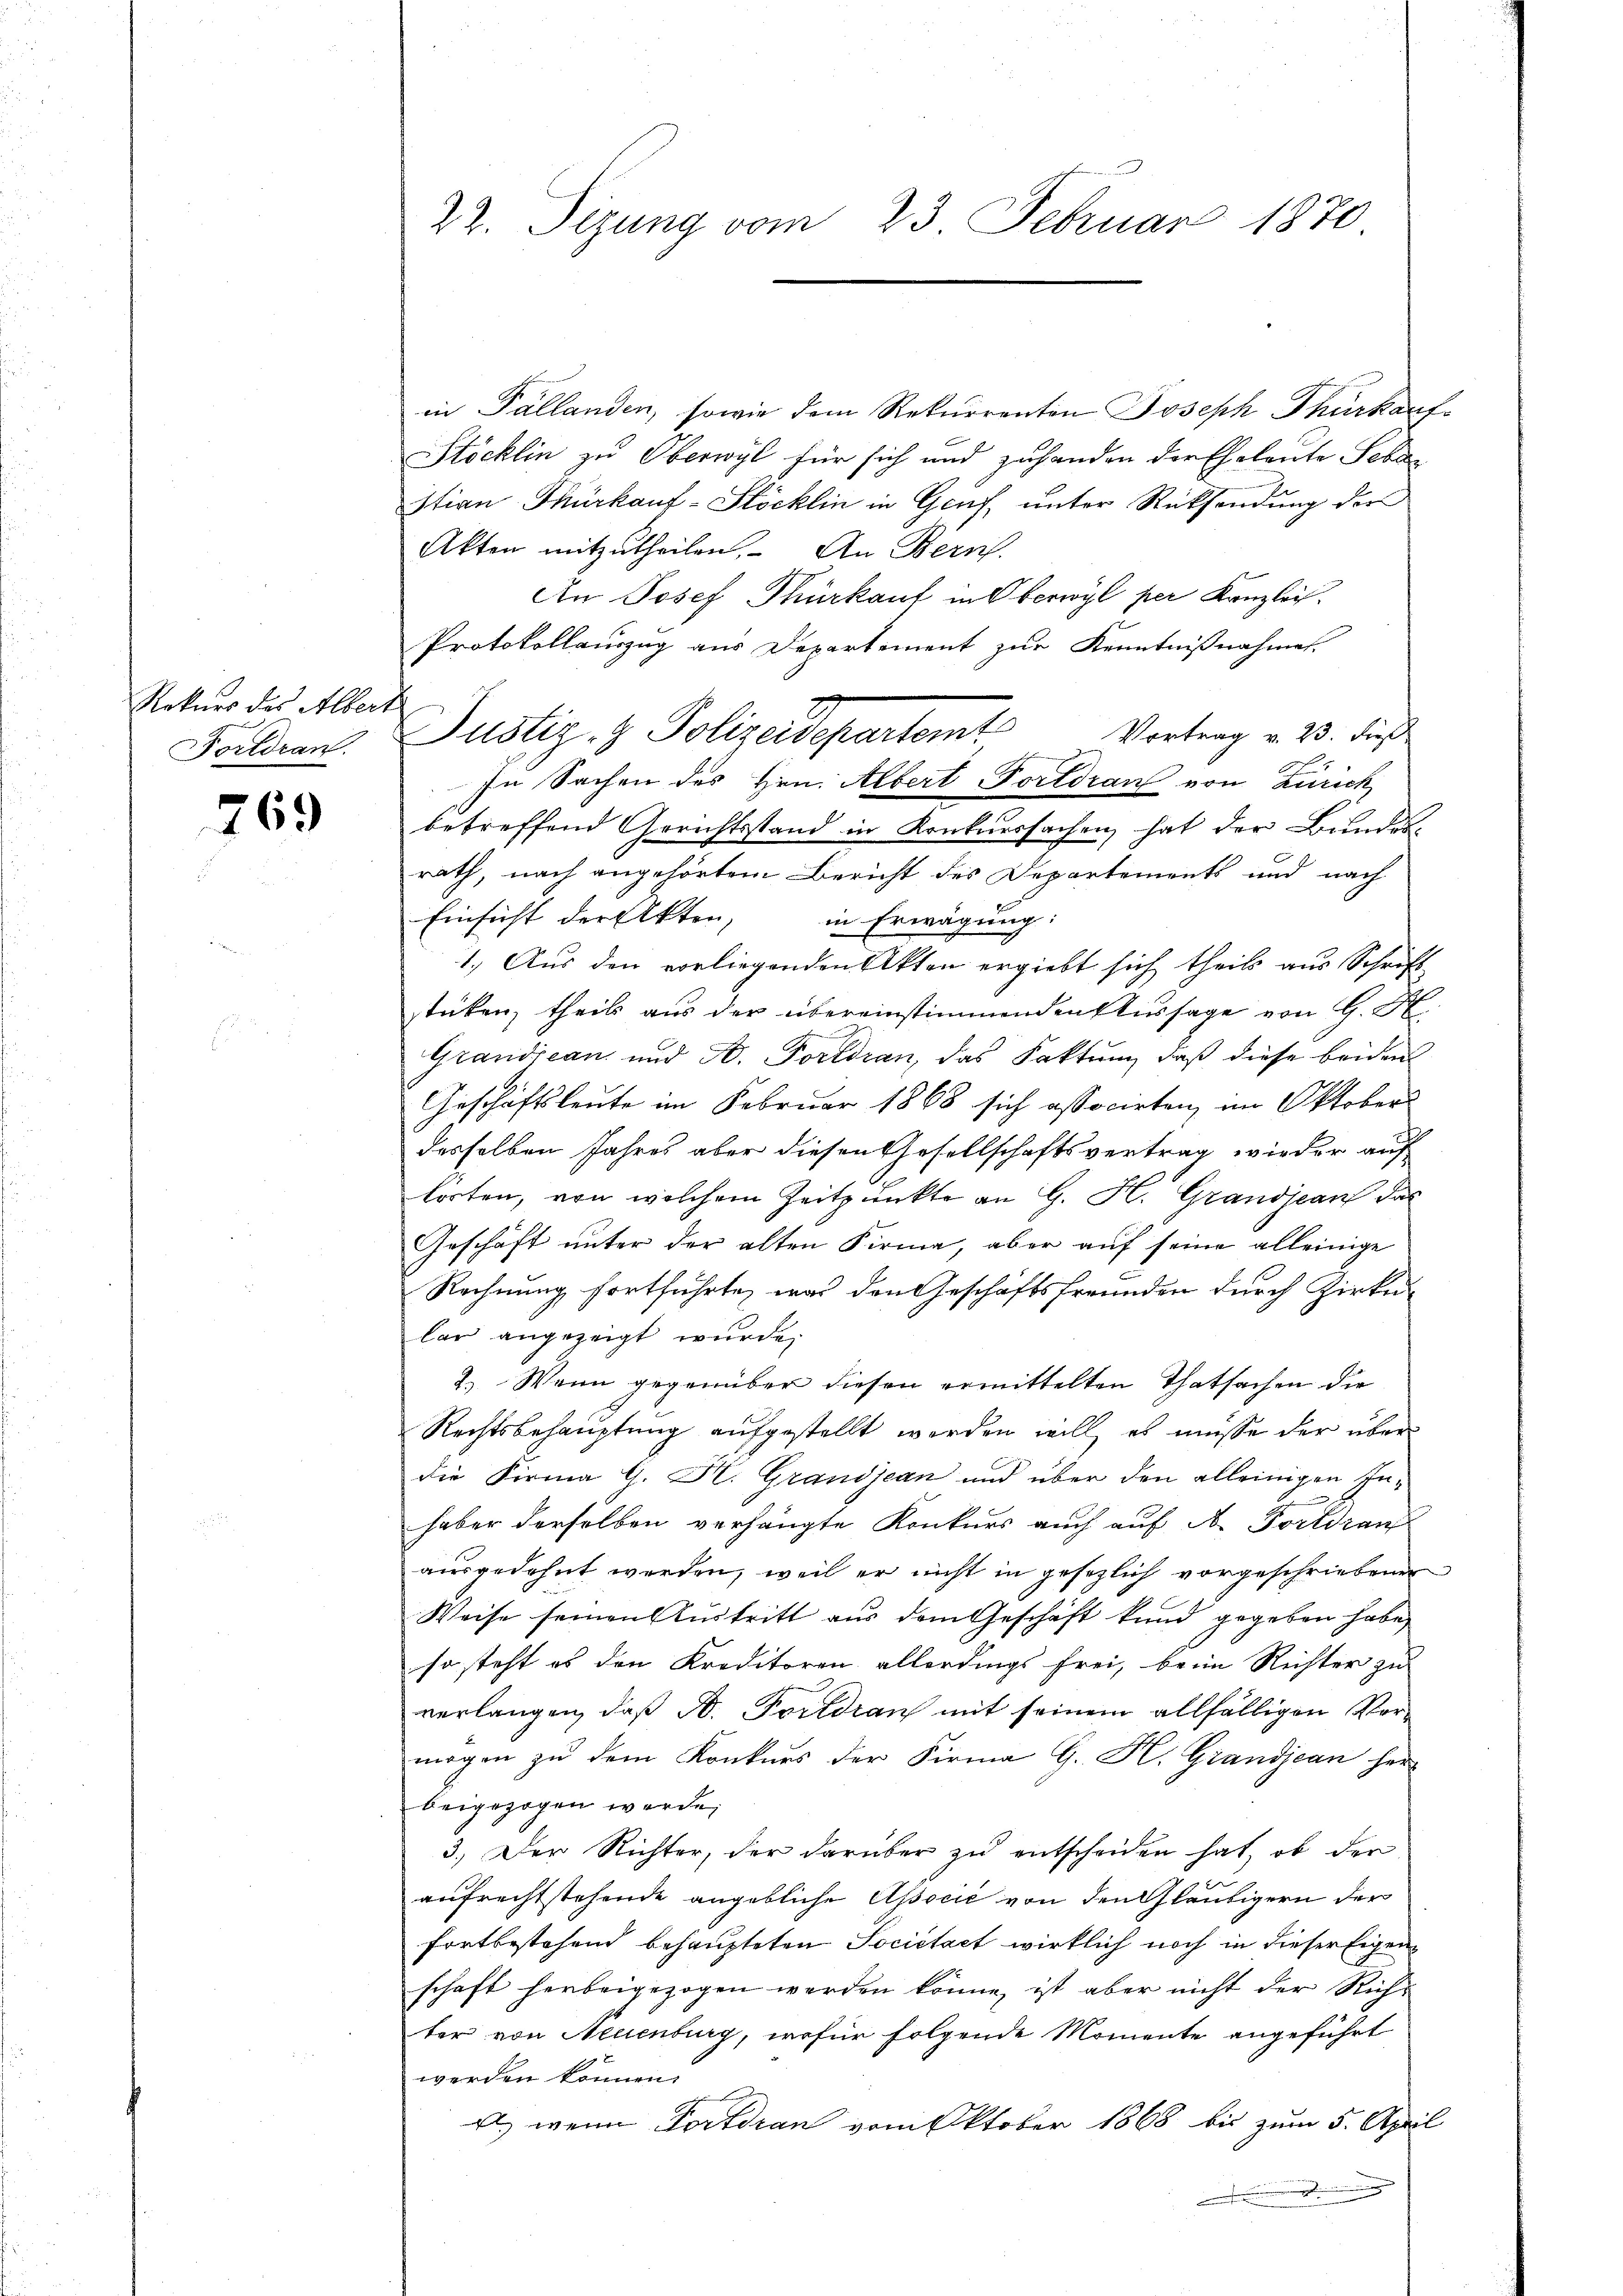
Rekurs des Albert
Fortdran.

769

in Pallanden, sowie dem Rekurrenten Joseph Thurkauf¬
Stöcklin zu Oberwyl für sich und zuhanden der Eheleute Seben
stian Thürkauf-Stöcklin in Genf, unter Rücksendung der
Akten mitzutheilen. An Bern.
An Josef Thürkauf in Oberwyl per Kanzlei.
Protokollauszug aus Departement zur Kenntnißnahmen.
Vortrag v. 23. dieß
n
In Sachen des Hrn. Albert Portoran von Zürich
betreffend Gerichtsstand in Konkurssachen hat der Bundes-
rath, nach angehörtem Bericht des Departements und nach
Einsicht der Akten,
in Erwägung:
1.) Aus den vorliegenden Akten ergiebt sich theil aus Schrift
stücken, theils aus der übereinstimmenden Aussage von G. H.
Grandjean und A. Fortdran, das Faktum, daß diese beiden
Geschäftsleute im Februar 1868 sich associrten, im Oktobers
desselben Jahres aber diesen Gesellschaftsvertrag wieder auf
lorten, von welchem Zeitpunkte an G. H. Grandjean das
Geschäft unter der alten Firma, aber auf seine alleinige
Rechnung fortführte, was den Geschäftsfreunden durch Zirke
lar angezeigt wurde.
2.) Wenn gegenüber diesen ermittelten Thatsachen die
Rechtsbehauptung aufgestellt worden will, es müsse der über
die Firma G. K. Grandjean und über den alleinigen Inhaber derselben verhängte Konkurs auch auf A. Fortdran
ausgedehnt werden, weil er nicht in gesezlich vorgeschriebenen
Weise seinen Austritt aus dem Geschäft kund gegeben habe,
so steht es den Kreditoren allerdings frei, beim Richter zu
verlangen, daß A. Fortdran mit seinem allfälligen Vermögen zŭ dem Konkurs der Firma G. K. Grandjean her
beigezogen werde;
3.) Der Richter, der darüber zu entscheiden hat, ob der
aufrechtstehende angebliche Associć von den Gläubigern der
fortbestehend behaupteten Societaet wirklich noch in dieser Eigenschaft herbeigezogen werden könne, ist aber nicht der Richter von Neuenburg, wofür folgende Momente angeführt
werden können.
f
Als wenn Fortdran vom Oktober 1868 bis zum 5. April

22. Sizung vom 23. Februar 1870

Justiz- & Polizeidepartamt